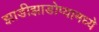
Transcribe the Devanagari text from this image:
झाडीझाडोप्यामध्ये